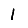
Digit: 1